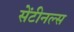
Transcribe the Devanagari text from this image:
सेंटीनल्स